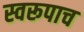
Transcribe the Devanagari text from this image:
स्वरूपाच